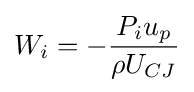
W_{i}=-{\frac {P_{i}u_{p}}{\rho U_{CJ}}}